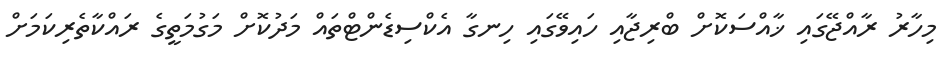
މިހާރު ރާއްޖޭގައި ޚާއްސަކޮށް ބްރިޖާއި ހައިވޭގައި ހިނގާ އެކްސިޑެންޓްތައް މަދުކޮށް މަގުމަތީގެ ރައްކާތެރިކަމަށް